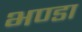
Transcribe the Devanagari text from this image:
भण्डा